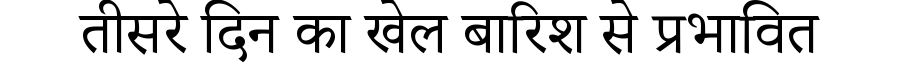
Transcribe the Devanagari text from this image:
तीसरे दिन का खेल बारिश से प्रभावित